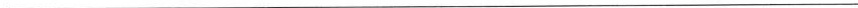
___